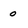
Character: 0